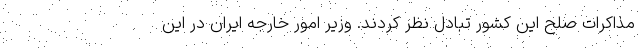
مذاکرات صلح این کشور تبادل نظر کردند. وزیر امور خارجه ایران در این